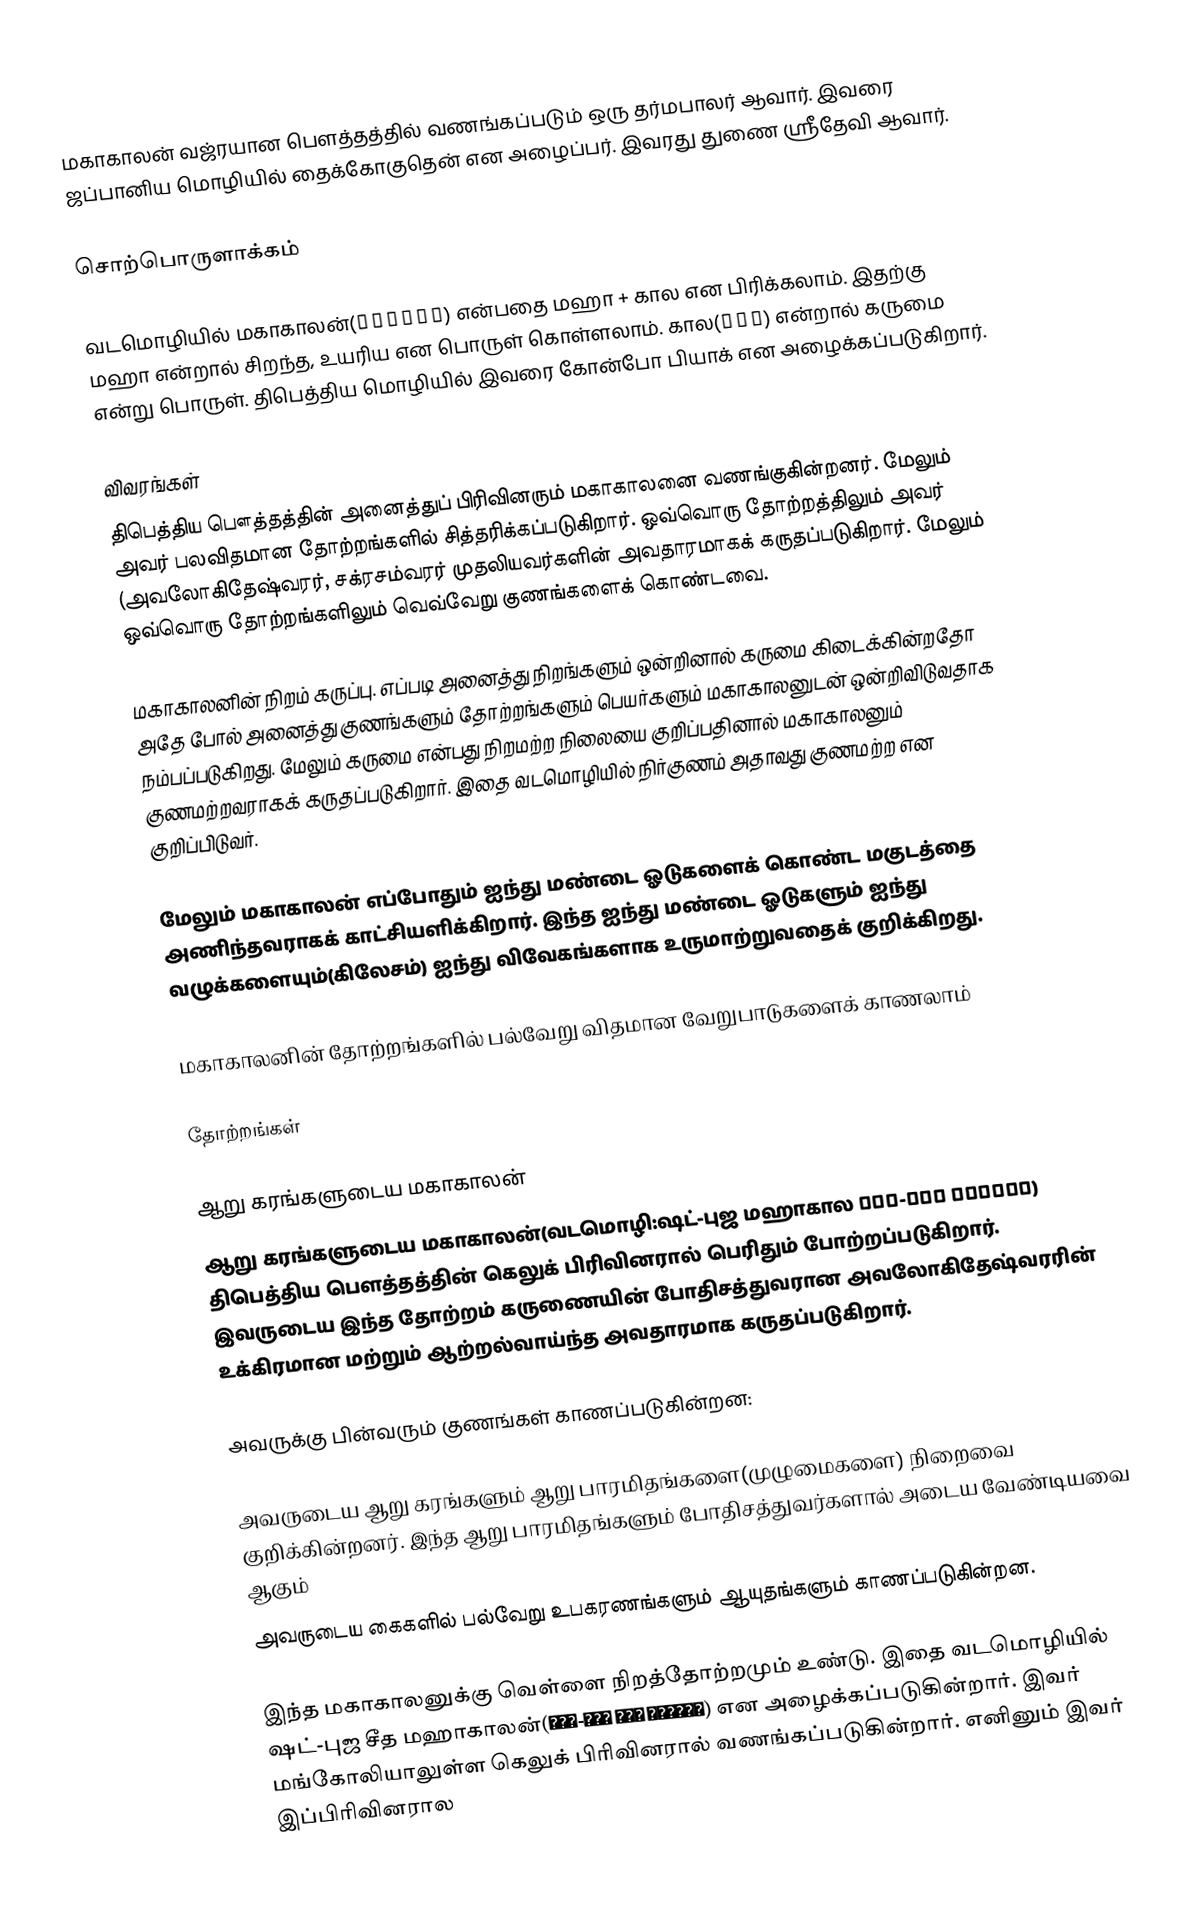
மகாகாலன் வஜ்ரயான பௌத்தத்தில் வணங்கப்படும் ஒரு தர்மபாலர் ஆவார். இவரை ஜப்பானிய மொழியில் தைக்கோகுதென் என அழைப்பர். இவரது துணை ஸ்ரீதேவி ஆவார்.

சொற்பொருளாக்கம்

வடமொழியில் மகாகாலன்(महाकाल) என்பதை மஹா +  கால என பிரிக்கலாம். இதற்கு மஹா என்றால் சிறந்த, உயரிய என பொருள் கொள்ளலாம். கால(काल) என்றால் கருமை என்று பொருள். திபெத்திய மொழியில் இவரை கோன்போ பியாக் என அழைக்கப்படுகிறார்.

விவரங்கள்
திபெத்திய பௌத்தத்தின் அனைத்துப் பிரிவினரும் மகாகாலனை வணங்குகின்றனர். மேலும் அவர் பலவிதமான தோற்றங்களில் சித்தரிக்கப்படுகிறார். ஒவ்வொரு தோற்றத்திலும் அவர் (அவலோகிதேஷ்வரர், சக்ரசம்வரர் முதலியவர்களின் அவதாரமாகக் கருதப்படுகிறார். மேலும் ஒவ்வொரு தோற்றங்களிலும் வெவ்வேறு குணங்களைக் கொண்டவை.

மகாகாலனின் நிறம் கருப்பு. எப்படி அனைத்து நிறங்களும் ஒன்றினால் கருமை கிடைக்கின்றதோ அதே போல் அனைத்து குணங்களும் தோற்றங்களும் பெயர்களும் மகாகாலனுடன் ஒன்றிவிடுவதாக நம்பப்படுகிறது. மேலும் கருமை என்பது நிறமற்ற நிலையை குறிப்பதினால் மகாகாலனும் குணமற்றவராகக் கருதப்படுகிறார். இதை வடமொழியில் நிர்குணம் அதாவது குணமற்ற என குறிப்பிடுவர்.

மேலும் மகாகாலன் எப்போதும் ஐந்து மண்டை ஓடுகளைக் கொண்ட மகுடத்தை அணிந்தவராகக் காட்சியளிக்கிறார். இந்த ஐந்து மண்டை ஓடுகளும் ஐந்து வழுக்களையும்(கிலேசம்) ஐந்து விவேகங்களாக உருமாற்றுவதைக் குறிக்கிறது.

மகாகாலனின் தோற்றங்களில் பல்வேறு விதமான வேறுபாடுகளைக் காணலாம்

தோற்றங்கள்

ஆறு கரங்களுடைய மகாகாலன்
ஆறு கரங்களுடைய மகாகாலன்(வடமொழி:ஷட்-புஜ மஹாகால षड्-भुज महाकाल) திபெத்திய பௌத்தத்தின் கெலுக் பிரிவினரால் பெரிதும் போற்றப்படுகிறார். இவருடைய இந்த தோற்றம் கருணையின் போதிசத்துவரான அவலோகிதேஷ்வரரின் உக்கிரமான மற்றும் ஆற்றல்வாய்ந்த அவதாரமாக கருதப்படுகிறார்.

அவருக்கு பின்வரும் குணங்கள் காணப்படுகின்றன:

 அவருடைய ஆறு கரங்களும் ஆறு பாரமிதங்களை(முழுமைகளை) நிறைவை குறிக்கின்றனர். இந்த ஆறு பாரமிதங்களும் போதிசத்துவர்களால் அடைய வேண்டியவை ஆகும்
 அவருடைய கைகளில் பல்வேறு உபகரணங்களும் ஆயுதங்களும் காணப்படுகின்றன.

இந்த மகாகாலனுக்கு வெள்ளை நிறத்தோற்றமும் உண்டு. இதை வடமொழியில் ஷட்-புஜ சீத மஹாகாலன்(षड्-भुज सीत महाकाल) என அழைக்கப்படுகின்றார். இவர் மங்கோலியாலுள்ள கெலுக் பிரிவினரால் வணங்கப்படுகின்றார். எனினும் இவர் இப்பிரிவினரால